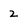
Character: 2